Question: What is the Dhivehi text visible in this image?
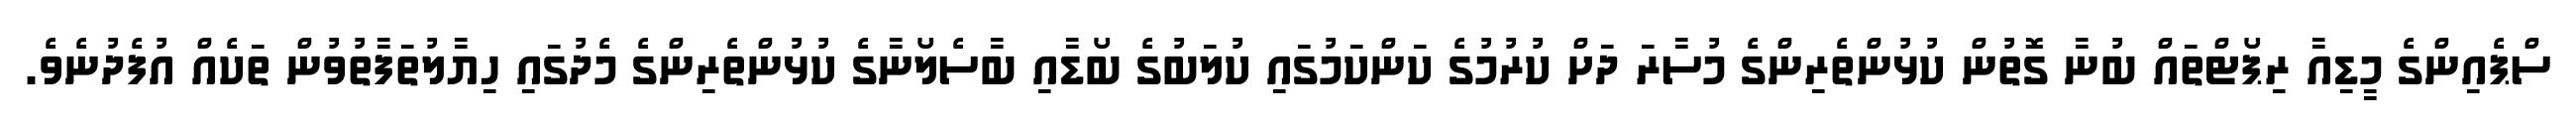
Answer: ސްޕެއިންގެ މީޑިއާ ރިޕޯޓްތައް ބުނާ ގޮތުން ކުޅުންތެރިންގެ މުސާރަ ދަށް ކުރުމުގެ ކަންކަމުގައި ކުލަބުގެ ބޯޑާއި ބާސެލޯނާގެ ކުޅުންތެރިންގެ މެދުގައި ހިޔާލުތަފާތުވުން ތަކެއް އުފެދުނެވެ.